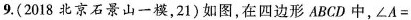
9.(2018北京石景山一模，21)如图，在四边形ABCD中，$$∠ A =